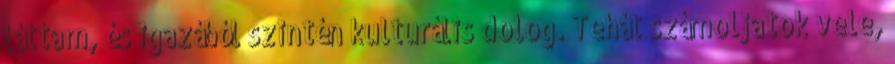
láttam, és igazából szintén kulturális dolog. Tehát számoljatok vele,